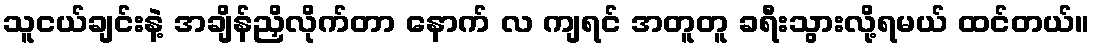
သူငယ်ချင်းနဲ့ အချိန်ညှိလိုက်တာ နောက် လ ကျရင် အတူတူ ခရီးသွားလို့ရမယ် ထင်တယ်။